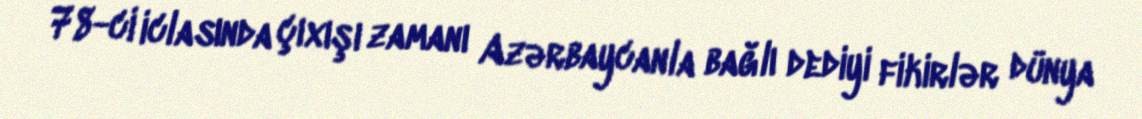
78-ci iclasında çıxışı zamanı Azərbaycanla bağlı dediyi fikirlər dünya